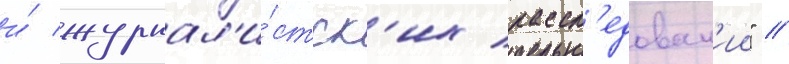
и́ журнал'и́стск'их рассл'едован'ии" //